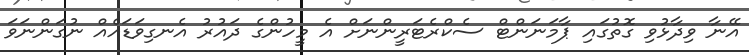
އޭނާ ވިދާޅުވި ގޮތުގައި ޕާމަނަންޓް ސެކްރެޓަރީންނަށް އެ މީހުންގެ ދައުރު އެނގިވަޑައެއް ނުގަންނަވަ